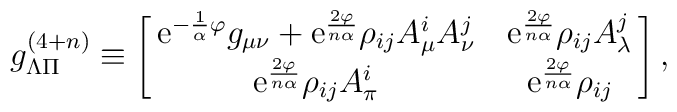
g^{(4+n)}_{\Lambda \Pi} \equiv\left [ \matrix{{\rm e}^{-{1 \over \alpha}\varphi}g_{\mu\nu} +{\rm e}^{{2\varphi} \over {n\alpha}}\rho_{ij}A^i_{\mu} A^j_{\nu} &{\rm e}^{{2\varphi} \over {n\alpha}}\rho_{ij}A^j_{\lambda}\cr {\rm e}^{{2 \varphi} \over {n\alpha}}\rho_{ij}A^i_{\pi} &{\rm e}^{{2\varphi} \over{n\alpha}}\rho_{ij}} \right ],